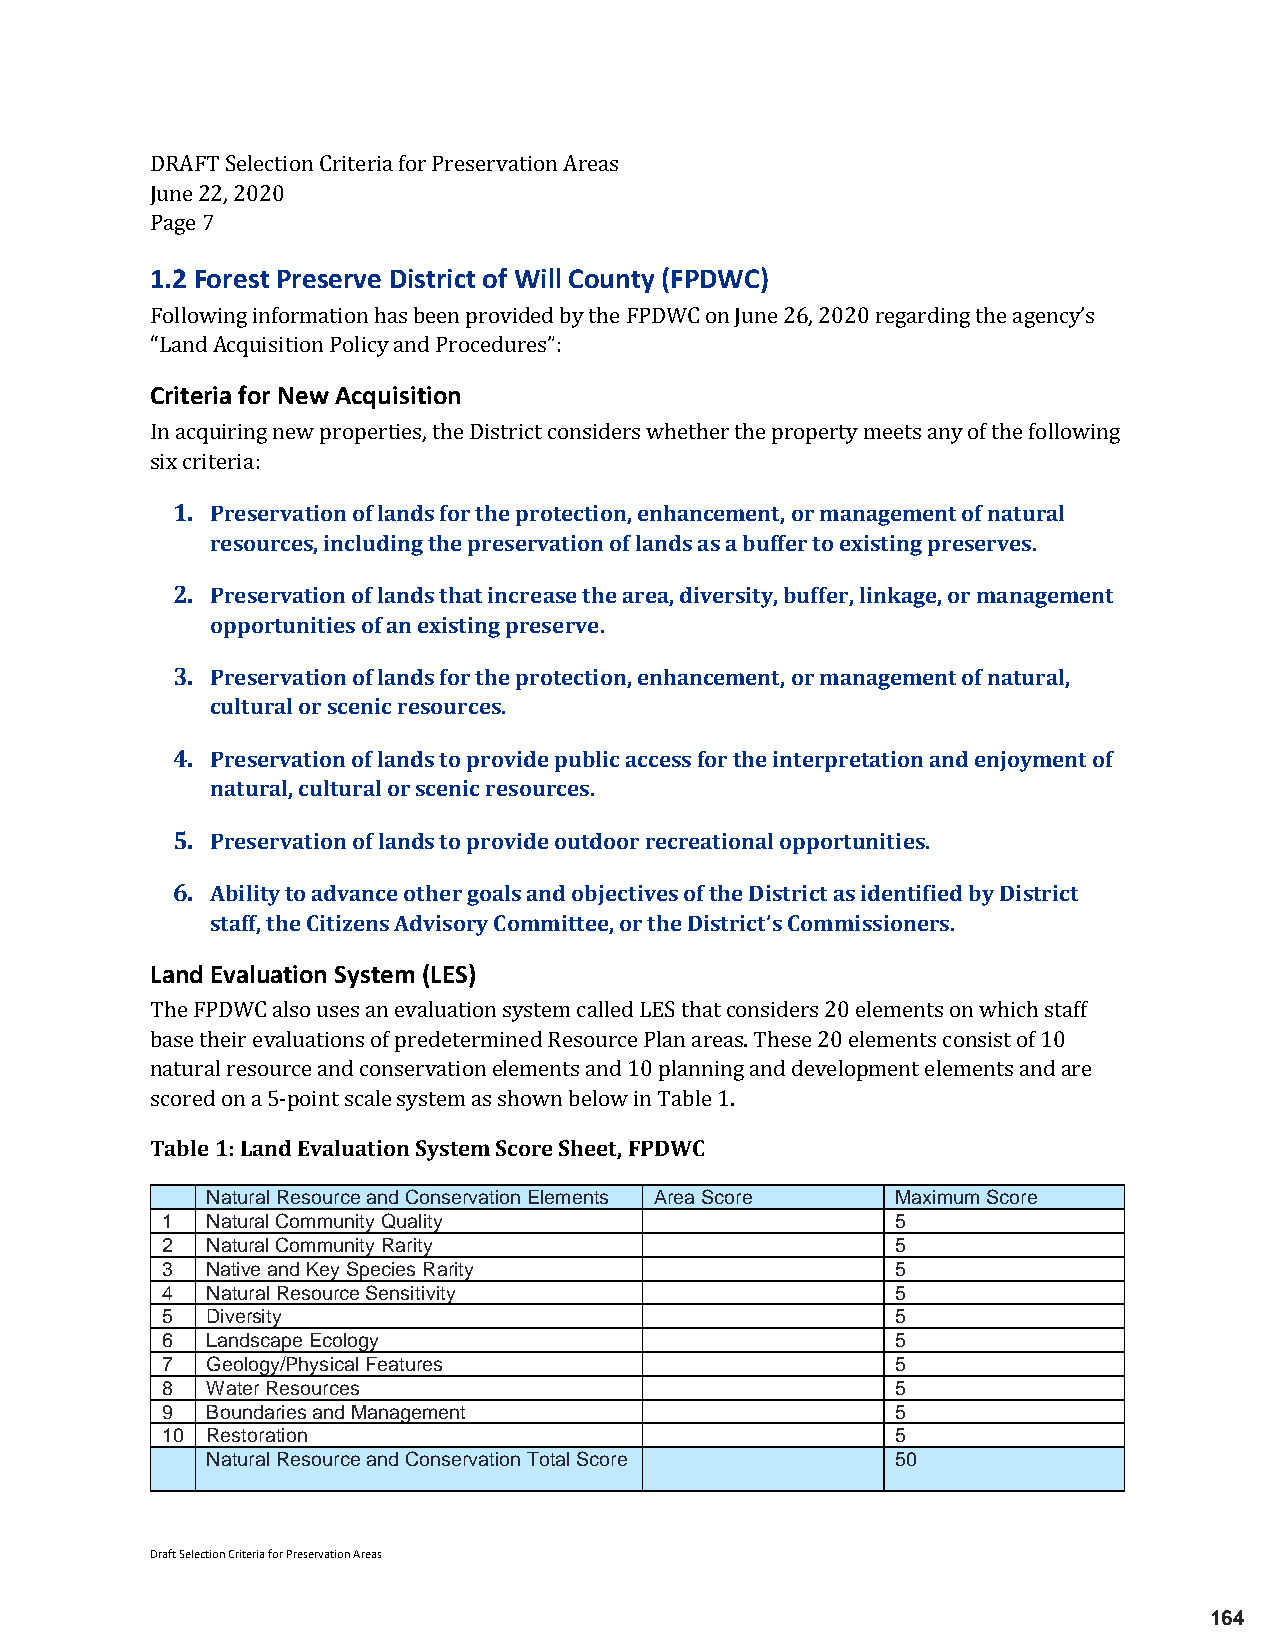
DRAFT Selection Criteria for Preservation Areas
 June 22, 2020
 P1a.2ge F 7o rest Preserve District of Will County (FPDWC)
 Following information has been provided by the FPDWC on June 26, 2020 regarding the agency’s
 “CLraitnedr Aiac qfouirs Nitieown P Aocliqcyu iasnitdi oPnro cedures”:
 In acquiring new properties, the District considers whether the property meets any of the following
 six1 c.r itPerreias:e rvation of lands for the protection, enhancement, or management of natural
 resources, including the preservation of lands as a buffer to existing preserves.
 2. Preservation of lands that increase the area, diversity, buffer, linkage, or management
 opportunities of an existing preserve.
 3. Preservation of lands for the protection, enhancement, or management of natural,
 cultural or scenic resources.
 4. Preservation of lands to provide public access for the interpretation and enjoyment of
 natural, cultural or scenic resources.
 5. Preservation of lands to provide outdoor recreational opportunities.
 6. Ability to advance other goals and objectives of the District as identified by District
 staff, the Citizens Advisory Committee, or the District’s Commissioners.
 Land Evaluation System (LES)
 The FPDWC also uses an evaluation system called LES that considers 20 elements on which staff
 base their evaluations of predetermined Resource Plan areas. These 20 elements consist of 10
 natural resource and conservation elements and 10 planning and development elements and are
 sTcaobrleed 1 o:n L aa n5d-p Eovinatl uscaatlieo nsy Ssytesmte mas Sshcoorwen S bheeleotw, F inP DTWabCle 1.
 Natural Resource and Conservation Elements Area Score Maximum Score
 1  Natural Community Quality                    5
 2  Natural Community Rarity                     5
 3  Native and Key Species Rarity                5
 4  Natural Resource Sensitivity                 5
 5  Diversity                                    5
 6  Landscape Ecology                            5
 7  Geology/Physical Features                    5
 8  Water Resources                              5
 9  Boundaries and Management                    5
 10 Restoration                                  5
 Natural Resource and Conservation Total Score 50
 Draft Selection Criteria for Preservation Areas
 164